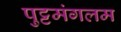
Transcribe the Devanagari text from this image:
पुट्टमंगलम